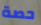
حصة